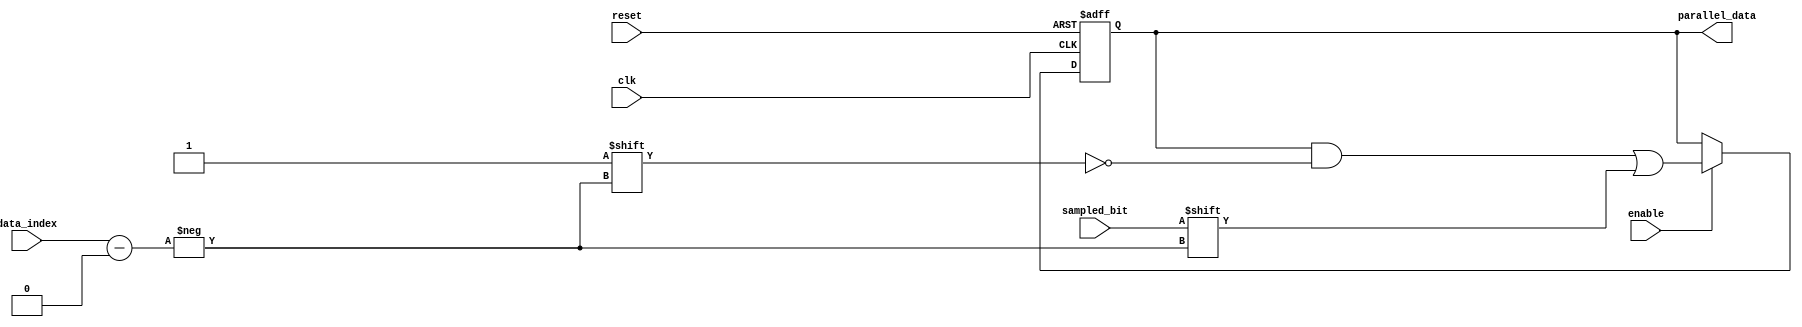
/*
* ----------------------------- Ports' Definition -----------------------------
* ----------------------------- Inputs -----------------------------
* clk:           UART clock.
* reset:         Global active low asynchronous reset after synchronization.
* enable:        A signal to enable the operation of the deserializer.
* data_index:    The index of the of bit to be received in the frame.
* sampled_bit:   The resulting sampled bit out of three samples taken at three different edges.
*                It is equal to the bit appearing the most times in the samples
*                (e.g. if samples = 101, sampled_bit = 1. if samples = 100, sampled_bit = 0).
* 
* ----------------------------- Outputs -----------------------------
* parallel_data: The data which is received serially bit by bit.
*/

module deserializer #(
    parameter DATA_WIDTH = 8
) 
(
    input clk,
    input reset,
    input enable,
    input [$clog2(DATA_WIDTH) - 1:0] data_index,
    input sampled_bit,

    output reg [DATA_WIDTH - 1:0] parallel_data
);

    always @(posedge clk or negedge reset) begin
        if (!reset) begin
            parallel_data <= 8'b0;
        end
        else if (enable) begin
            parallel_data[data_index] <= sampled_bit;
        end
    end

endmodule